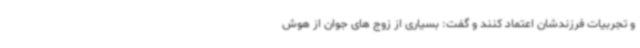
و تجربیات فرزندشان اعتماد کنند و گفت: بسیاری از زوج های جوان از هوش